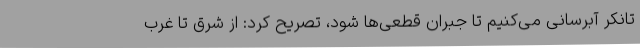
تانکر آبرسانی می‌کنیم تا جبران قطعی‌ها شود، تصریح کرد: از شرق تا غرب